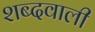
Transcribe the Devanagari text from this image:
शब्दवाली